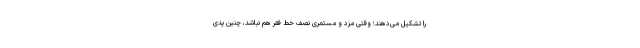
را تشکیل می‌دهند؛ وقتی مزد و مستمری نصف خط فقر هم نباشد، چنین پدی